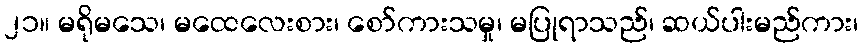
၂၁။ မရိုမသေ၊ မထေလေးစား၊ စော်ကားသမှု၊ မပြုရာသည်၊ ဆယ်ပါးမည်ကား၊